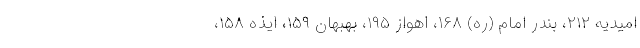
امیدیه ۲۱۲، بندر امام (ره) ۱۶۸، اهواز ۱۹۵، بهبهان ۱۵۹، ایذه ۱۵۸،